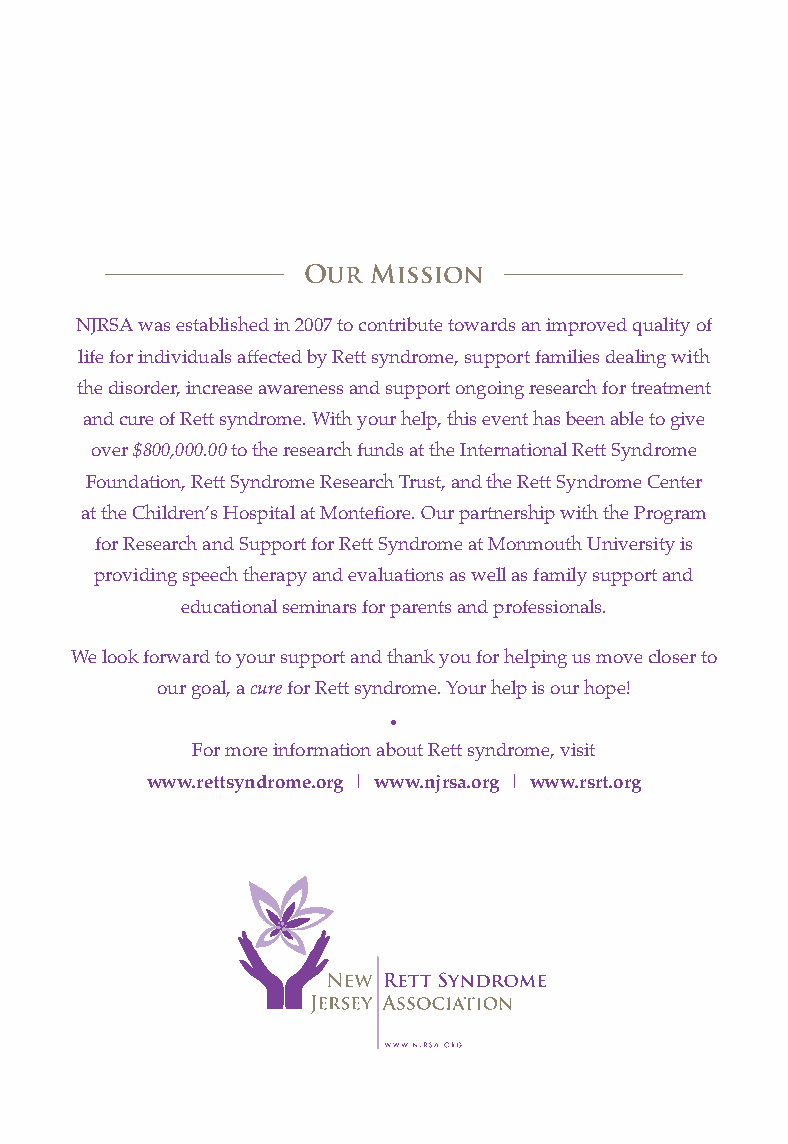
Our  Mission
 NJRSA was established in 2007 to contribute towards an improved quality of
 life for individuals affected by Rett syndrome, support families dealing with
 the disorder, increase awareness and support ongoing research for treatment
 and cure of Rett syndrome. With your help, this event has been able to give
 over $800,000.00 to the research funds at the International Rett Syndrome
 Foundation, Rett Syndrome Research Trust, and the Rett Syndrome Center
 at the Children’s Hospital at Montefiore. Our partnership with the Program
 for Research and Support for Rett Syndrome at Monmouth University is
 providing speech therapy and evaluations as well as family support and
 educational seminars for parents and professionals.
 We look forward to your support and thank you for helping us move closer to
 our goal, a cure for Rett syndrome. Your help is our hope!
 .
 For more information about Rett syndrome, visit
 www.rettsyndrome.org | www.njrsa.org | www.rsrt.org